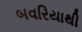
બવરિયાથી